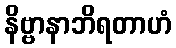
နိဗ္ဗာနာဘိရတာဟံ